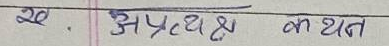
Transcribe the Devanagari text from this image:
२०. अप्रत्यक्ष कथन